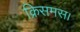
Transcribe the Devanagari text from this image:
क्रिसमस।